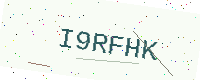
Text: I9RFHK